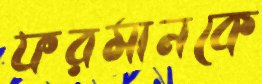
ফরমানকে